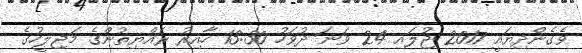
ވެގެންދިޔައީ 2017 ޖުލައި 24 ވަނަ ދުވަހު 13:30 ހާއިރު ރައްޔިތުންގެ މަޖިލީހުގެ